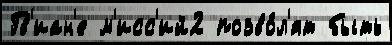
Гв'иан'е м'исс'ий2 позво́л'ят быть